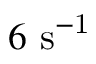
6 ~ \mathrm { { s } ^ { - 1 } }